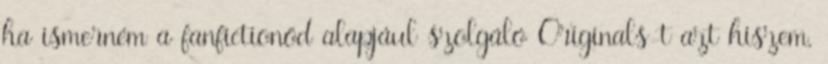
ha ismerném a fanfictionöd alapjául szolgáló Originals-t azt hiszem,